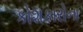
કોશકારોના